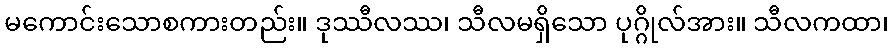
မကောင်းသောစကားတည်း။ ဒုဿီလဿ၊ သီလမရှိသော ပုဂ္ဂိုလ်အား။ သီလကထာ၊